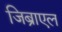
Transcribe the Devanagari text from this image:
जिब्राएल